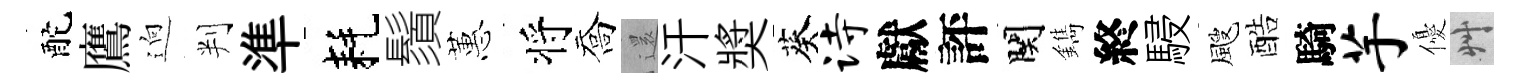
酡鷹逈判準耗鬚蕙将喬𮟃汗奬葵诗獻評関鐫終駸颼酷騎芋優艸